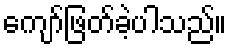
ကျော်ဖြတ်ခဲ့ပါသည်။